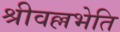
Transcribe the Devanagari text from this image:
श्रीवल्लभेति